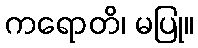
ကရောတိ၊ မပြု။